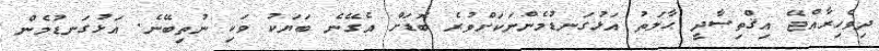
ދިވެހިރާއްޖޭ އިޤްތިޞާދީ ޙާލަތު އަޅުގަނޑުމެންނަކަށްވުރެ ބޮޑަށް އެގޭނެ ބަޔަކު ވަކި ނުތިބޭނެ. އަޅުގަނޑުމެން